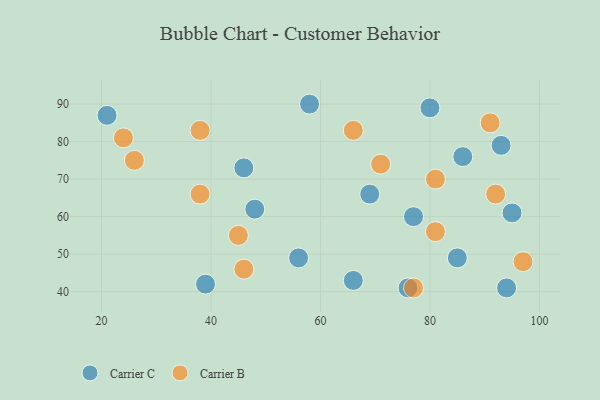
{"axis": {"x": "GDP", "y": "Life Expectancy"}, "legend": ["Carrier B", "Carrier C"], "data": [{"x": "93", "y": 79, "type": "Carrier C"}, {"x": "85", "y": 49, "type": "Carrier C"}, {"x": "86", "y": 76, "type": "Carrier C"}, {"x": "95", "y": 61, "type": "Carrier C"}, {"x": "58", "y": 90, "type": "Carrier C"}, {"x": "77", "y": 60, "type": "Carrier C"}, {"x": "21", "y": 87, "type": "Carrier C"}, {"x": "39", "y": 42, "type": "Carrier C"}, {"x": "48", "y": 62, "type": "Carrier C"}, {"x": "46", "y": 73, "type": "Carrier C"}, {"x": "66", "y": 43, "type": "Carrier C"}, {"x": "56", "y": 49, "type": "Carrier C"}, {"x": "69", "y": 66, "type": "Carrier C"}, {"x": "76", "y": 41, "type": "Carrier C"}, {"x": "94", "y": 41, "type": "Carrier C"}, {"x": "80", "y": 89, "type": "Carrier C"}, {"x": "71", "y": 74, "type": "Carrier B"}, {"x": "92", "y": 66, "type": "Carrier B"}, {"x": "38", "y": 83, "type": "Carrier B"}, {"x": "38", "y": 66, "type": "Carrier B"}, {"x": "91", "y": 85, "type": "Carrier B"}, {"x": "26", "y": 75, "type": "Carrier B"}, {"x": "45", "y": 55, "type": "Carrier B"}, {"x": "81", "y": 70, "type": "Carrier B"}, {"x": "66", "y": 83, "type": "Carrier B"}, {"x": "81", "y": 56, "type": "Carrier B"}, {"x": "24", "y": 81, "type": "Carrier B"}, {"x": "46", "y": 46, "type": "Carrier B"}, {"x": "77", "y": 41, "type": "Carrier B"}, {"x": "97", "y": 48, "type": "Carrier B"}]}